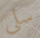
سلي